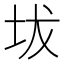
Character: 坺